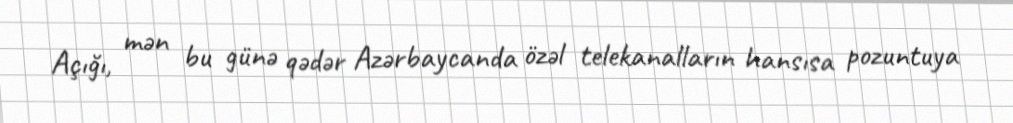
Açığı, mən bu günə qədər Azərbaycanda özəl telekanalların hansısa pozuntuya